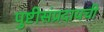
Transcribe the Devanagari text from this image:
पुष्टीसंप्रदायची